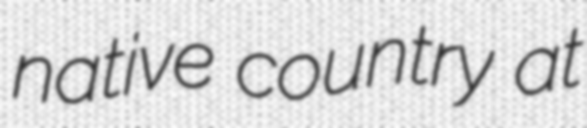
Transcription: native country at